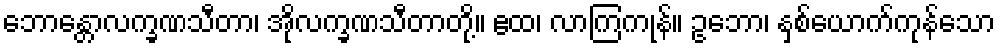
ဘောန္တောလက္ခဏသီတာ၊ အိုလက္ခဏသီတာတို့။ ဧထ၊ လာကြကုန်။ ဥဘော၊ နှစ်ယောက်ကုန်သော